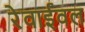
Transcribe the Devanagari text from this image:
रेवाईवल